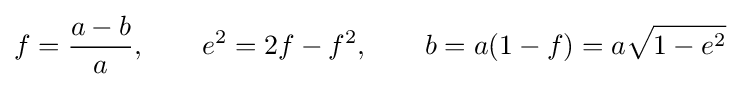
f={\frac {a-b}{a}},\qquad e^{2}=2f-f^{2},\qquad b=a(1-f)=a{\sqrt {1-e^{2}}}